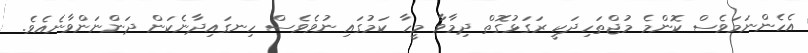
އެހެންނަމަވެސް ކޮންމެ މުޖްތަހިދަކީ ރަގަޅުގޮތް ދިމާވާ މީހާ ކަމުގައި ނުވެވެސް ހިނގައިދާނެކަން ދަންނަންވާނެއެވެ.